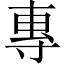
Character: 專